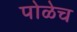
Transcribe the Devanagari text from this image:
पोळेच